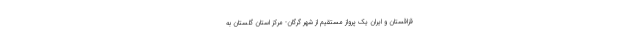
قزاقستان و ایران یک پرواز مستقیم از شهر گرگان- مرکز استان گلستان به